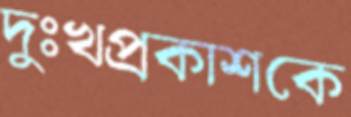
দুঃখপ্রকাশকে